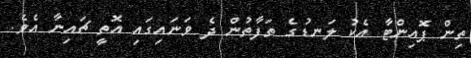
ތިން ޕޮއިންޓާ އެކު ލަނޑުގެ ތަފާތުން ދެ ވަނައިގައި އޮތީ ޗައިނާ އެވެ.